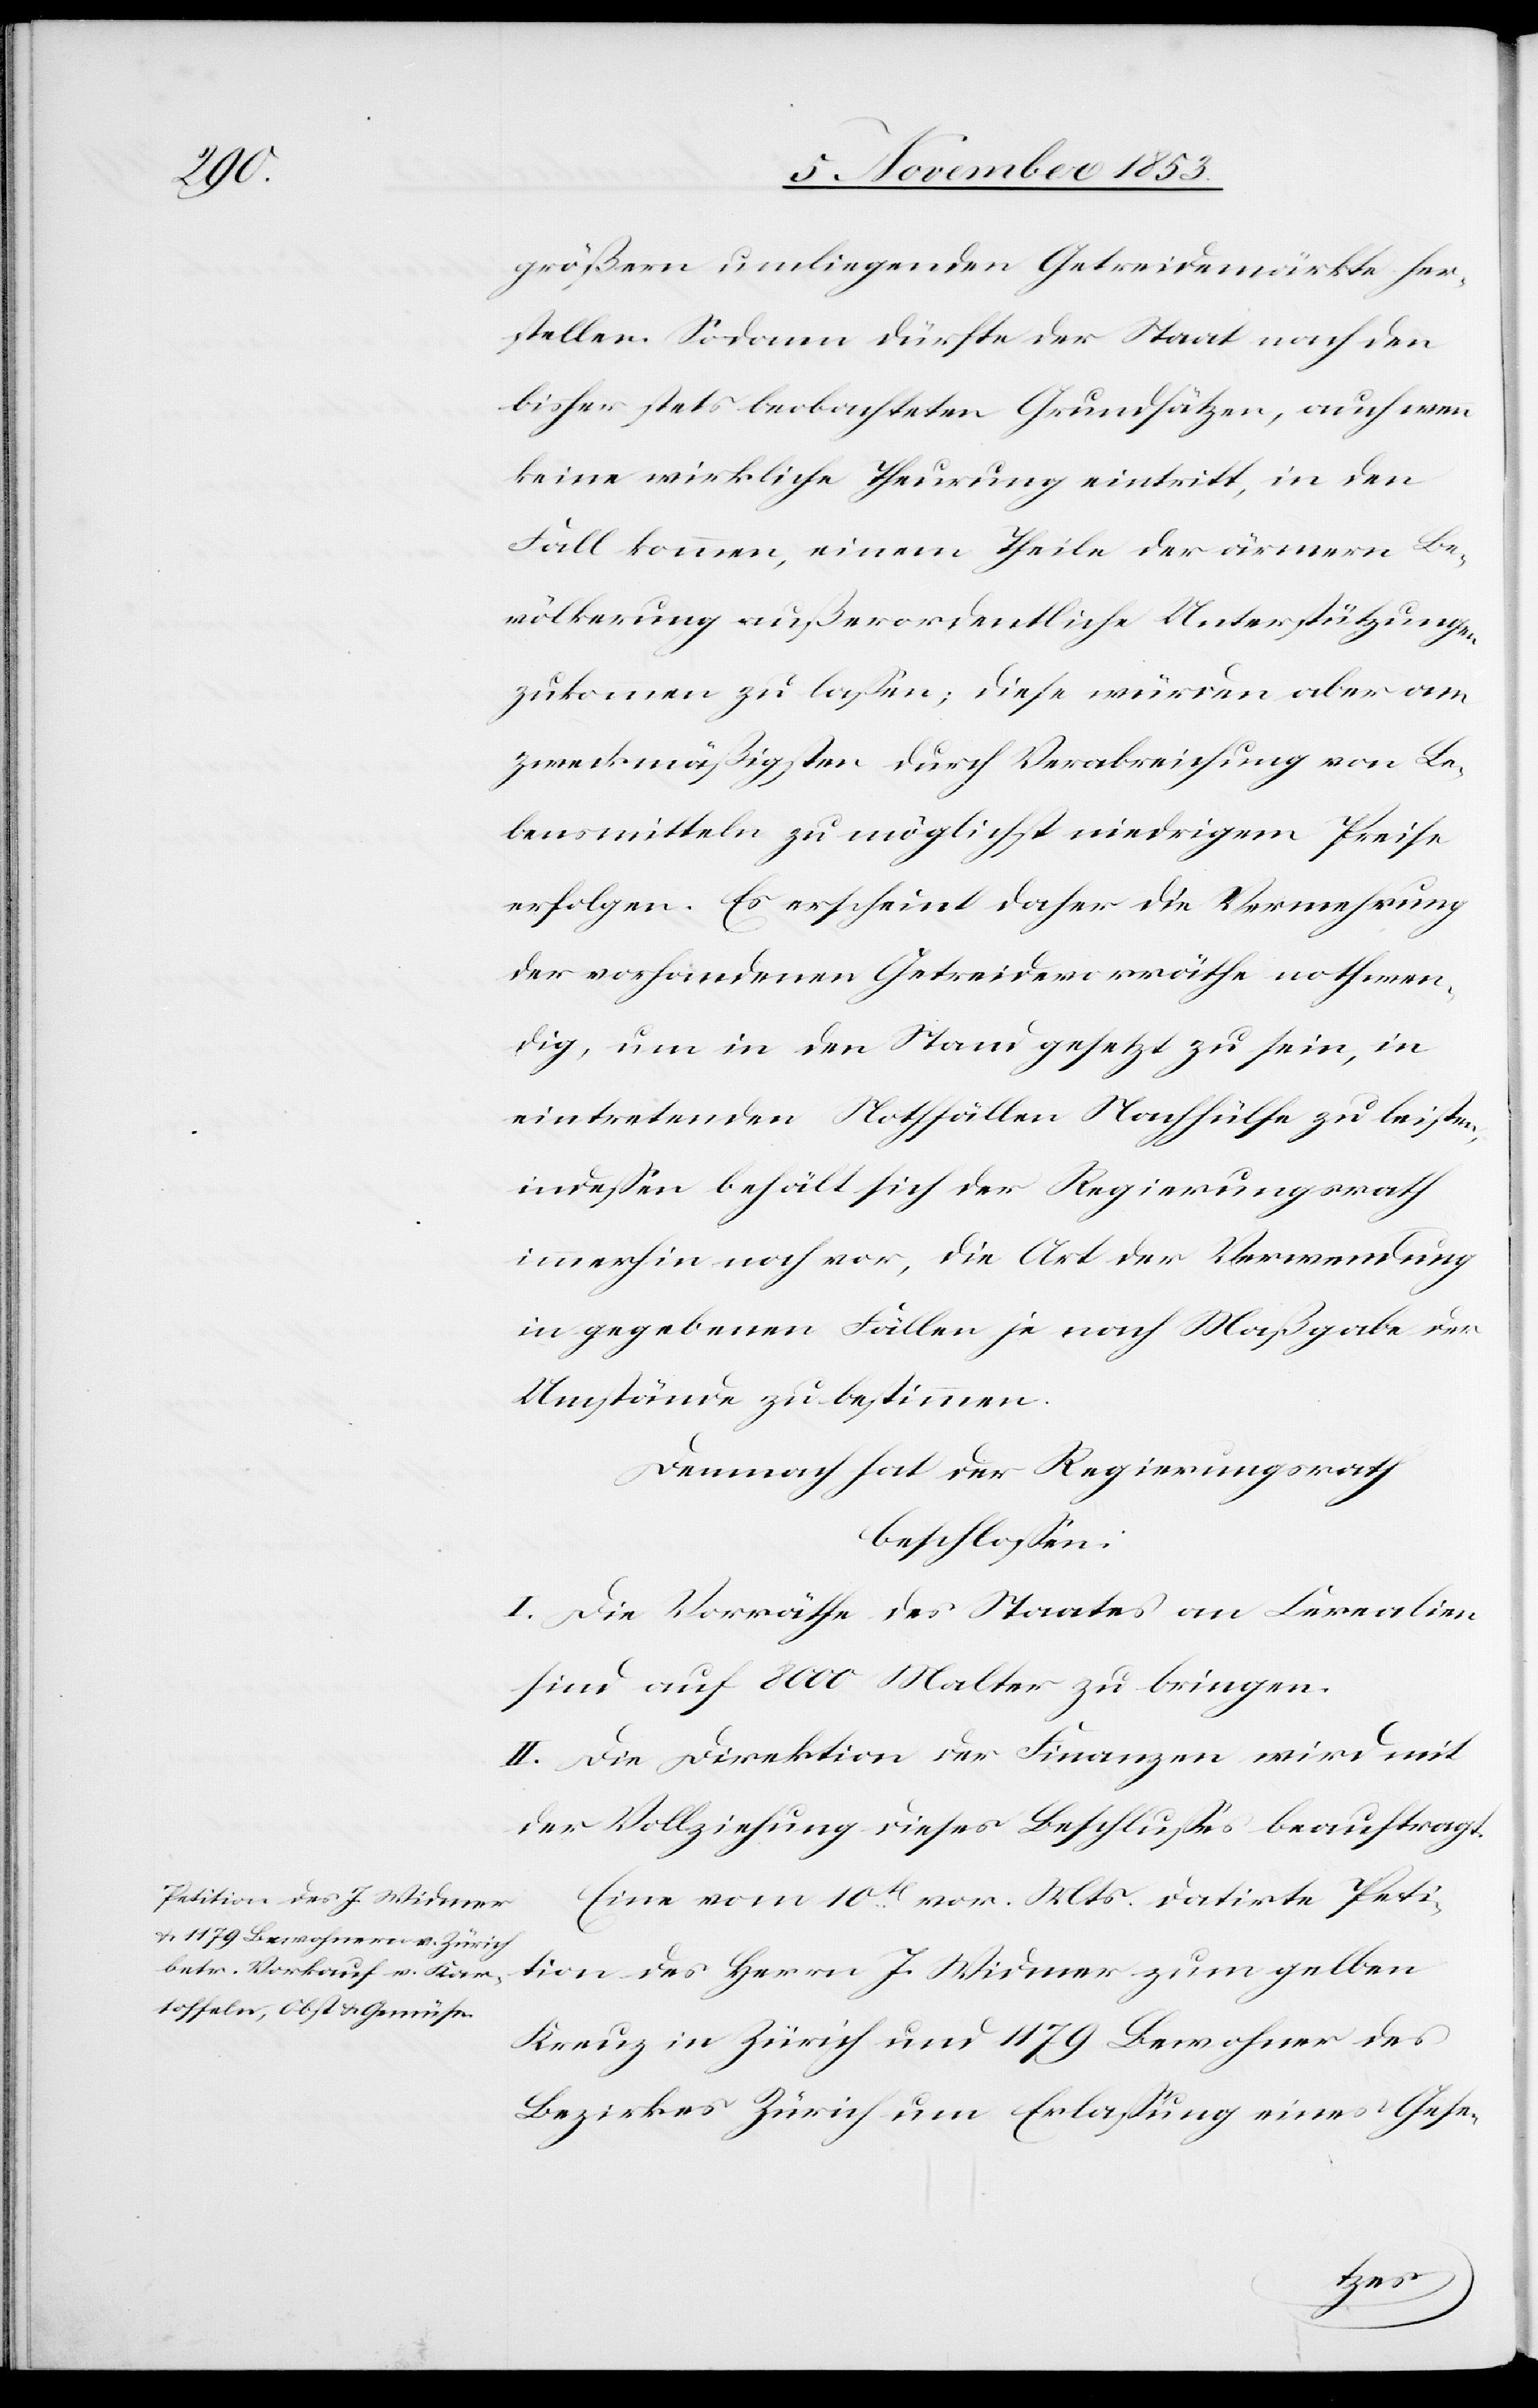
etition des J. Widmer

größern umliegenden Getreidemärkte her¬
stellen. Sodann dürfte der Staat nach den
bisher stets beglaubigten Grundsätzen, auch wenn
keine wirkliche Theurung eintritt, in den
Fall kommen, einem Theile der ärmern Be¬
völkerung außerordentliche Unterstützungen
zukommen zu laßen; diese würden aber am
zweckmäßigsten durch Verabreichung von Le¬
bensmitteln zu möglichst niedrigem Preise
erfolgen. Es erscheint daher die Vermehrung
der vorhandenen Getreidevorräthe nothwen¬
dig, um in den Stand gesetzt zu sein, in
eintretenden Nothfällen Nachhülfe zu leisten,
indeßen behält sich der Regierungsrath
immerhin noch vor, die Art der Verwendung
in gegebenen Fällen je nach Maßgabe der
Umstände zu bestimmen.
Demnach hat der Regierungsrath
beschloßen:
I. Die Vorräthe des Staates an Cerealien
sind auf 8000 Malter zu bringen.
II. Die Direktion der Finanzen wird mit
der Vollziehung dieses Beschlußes beauftragt.
Eine vom 10t vor. Mts. datirte P¬
Kauz in Zürich und 1179 Bewohner des
Bezirkes Zürich um Erlaßung eines Gese-